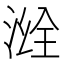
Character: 𣷒